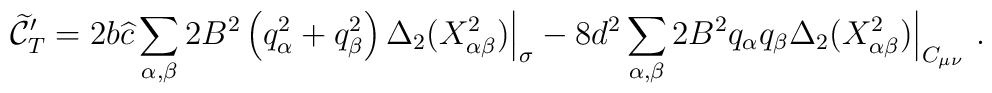
{\widetilde {\cal C}}_T^\prime=2b{\widehat c}\sum_{\alpha,\beta} 2B^2 \left(q_\alpha^2+q_\beta^2\right)\Delta_2(X_{\alpha\beta}^2)\Big|_\sigma -8d^2 \sum_{\alpha,\beta} 2B^2 q_\alpha q_\beta \Delta_2(X_{\alpha\beta}^2)\Big|_{C_{\mu\nu}}~.